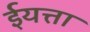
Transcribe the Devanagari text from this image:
ईयत्ता